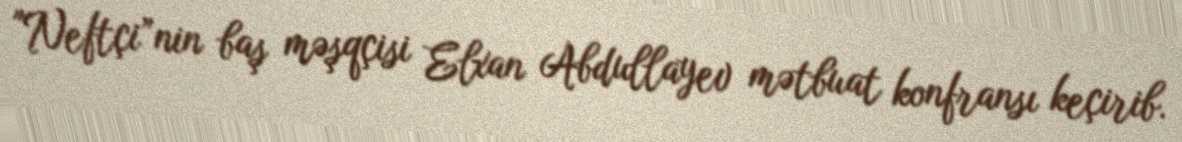
"Neftçi”nin baş məşqçisi Elxan Abdullayev mətbuat konfransı keçirib.